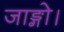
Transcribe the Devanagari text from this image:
जाङ्गो।